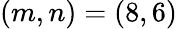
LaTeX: (m,n)=(8,6)